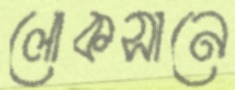
লোকসানে